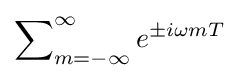
\sum \nolimits _{m=-\infty }^{\infty }e^{\pm i\omega mT}